Reports on dispensaries and lunatic asylums in the Province of Oudh - 1869-1876
Year: 1869
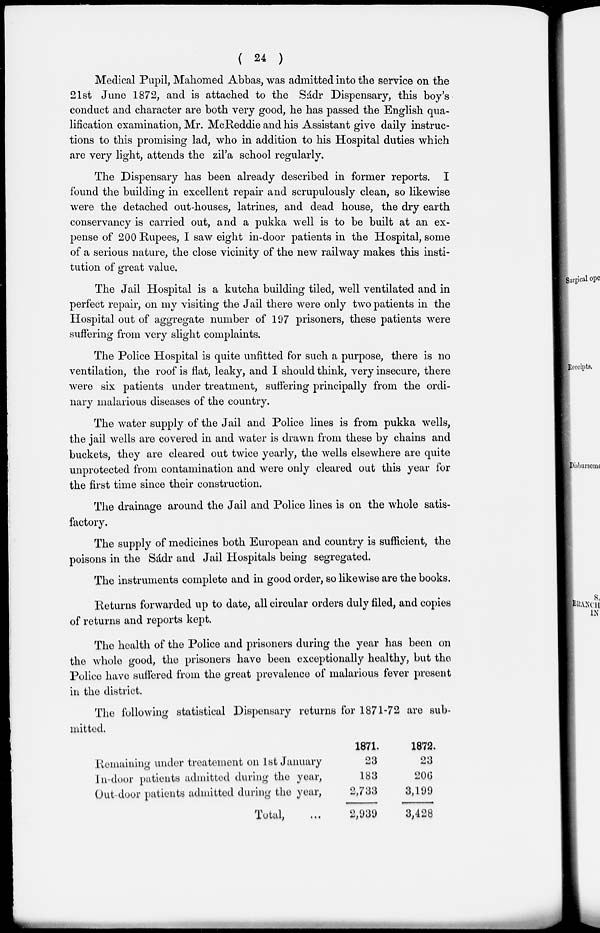
( 24 )
Medical Pupil, Mahomed Abbas, was admitted into the service on the
21st June 1872, and is attached to the Sádr Dispensary, this boy's
conduct and character are both very good, he has passed the English qua-
lification examination, Mr. McReddie and his Assistant give daily instruc-
tions to this promising lad, who in addition to his Hospital duties which
are very light, attends the zil'a school regularly.
The Dispensary has been already described in former reports. I
found the building in excellent repair and scrupulously clean, so likewise
were the detached out-houses, latrines, and dead house, the dry earth
conservancy is carried out, and a pukka well is to be built at an ex-
pense of 200 Rupees, I saw eight in-door patients in the Hospital, some
of a serious nature, the close vicinity of the new railway makes this insti-
tution of great value.
The Jail Hospital is a kutcha building tiled, well ventilated and in
perfect repair, on my visiting the Jail there were only two patients in the
Hospital out of aggregate number of 197 prisoners, these patients were
suffering from very slight complaints.
The Police Hospital is quite unfitted for such a purpose, there is no
ventilation, the roof is flat, leaky, and I should think, very insecure, there
were six patients under treatment, suffering principally from the ordi-
nary malarious diseases of the country.
The water supply of the Jail and Police lines is from pukka wells,
the jail wells are covered in and water is drawn from these by chains and
buckets, they are cleared out twice yearly, the wells elsewhere are quite
unprotected from contamination and were only cleared out this year for
the first time since their construction.
The drainage around the Jail and Police lines is on the whole satis-
factory.
The supply of medicines both European and country is sufficient, the
poisons in the Sádr and Jail Hospitals being segregated.
The instruments complete and in good order, so likewise are the books.
Returns forwarded up to date, all circular orders duly filed, and copies
of returns and reports kept.
The health of the Police and prisoners during the year has been on
the whole good, the prisoners have been exceptionally healthy, but the
Police have suffered from the great prevalence of malarious fever present
in the district.
The following statistical Dispensary returns for 1871-72 are sub-
mitted.
Remaining under treatement on 1st January
In-door patients admitted during the year,
Outdoor patients admitted during the year,
Total, ...
1871.
23
183
2,733
2,939
1872.
23
206
3,199
3,428